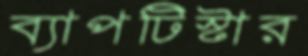
ব্যাপটিস্টার